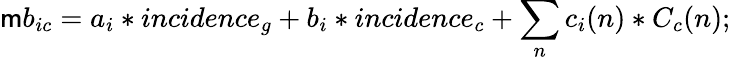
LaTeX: \mathsf{m}b_{ic}=a_{i}*incidence_{g}+b_{i}*incidence_{c}+\sum_{n}c_{i}(n)*C_{c}(n);